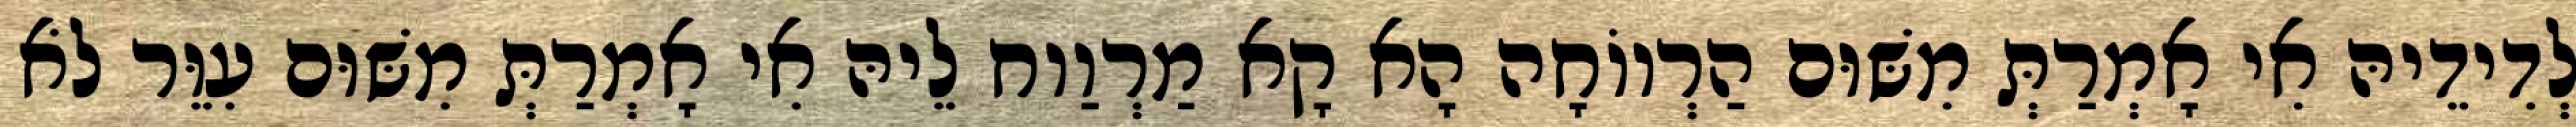
לְדִידֵיהּ אִי אָמְרַתְּ מִשּׁוּם הַרְווֹחָה הָא קָא מַרְוַוח לֵיהּ אִי אָמְרַתְּ מִשּׁוּם עִוֵּר לֹא